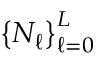
\left\{ N _ { \ell } \right\} _ { \ell = 0 } ^ { L }